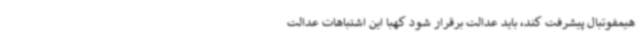
هیمفوتبال پیشرفت کند، باید عدالت برقرار شود کهبا این اشتباهات عدالت